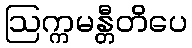
ဩက္ကမန္တီတိပေ